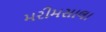
મરીમસાલા